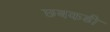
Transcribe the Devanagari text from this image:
छबकडी